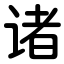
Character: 诸